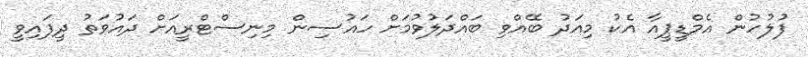
ފުލުހުން އެމްޑީޕީއާ އެކު މިއަދު ބޭއްވި ބައްދަލުވުމަށް ހައުސިން މިނިސްޓްރީއަށް ދައުވަތު ދީފައިވީ